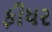
ફીધર